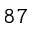
^ { 8 7 }